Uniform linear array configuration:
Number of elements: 8
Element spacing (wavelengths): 0.5
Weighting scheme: exponential
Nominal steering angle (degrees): -30
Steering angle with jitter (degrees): -29.436
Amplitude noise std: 0.05
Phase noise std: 0.05

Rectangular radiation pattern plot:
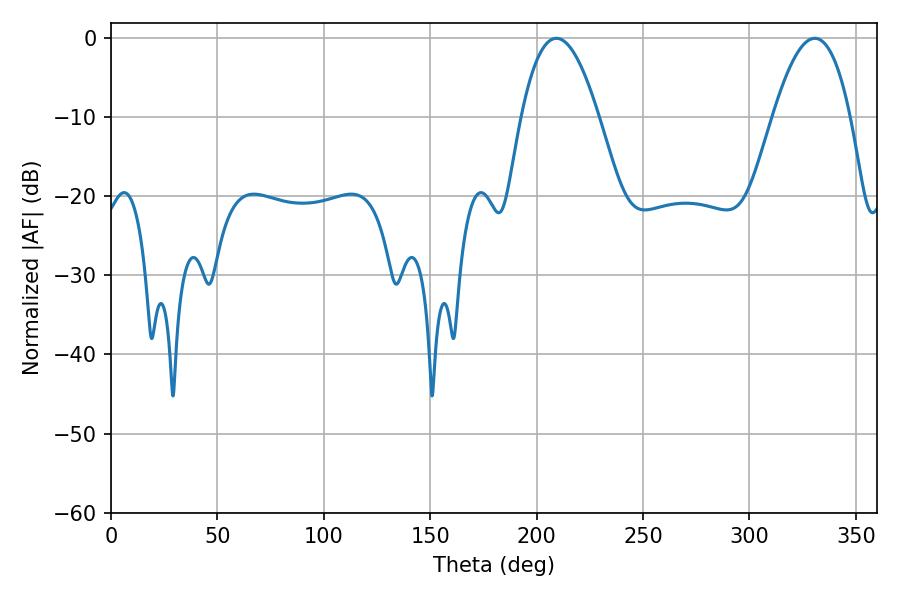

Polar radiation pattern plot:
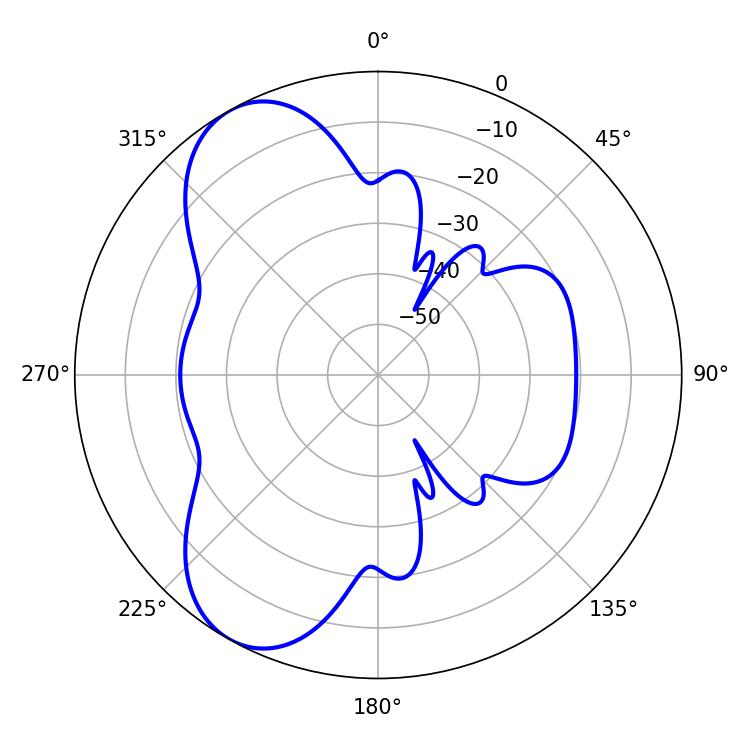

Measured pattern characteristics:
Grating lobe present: FALSE
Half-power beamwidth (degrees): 19.98
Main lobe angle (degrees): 209.34